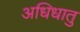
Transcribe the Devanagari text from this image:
अधिधातु